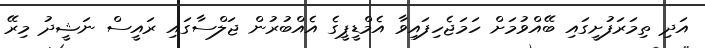
އަދި ތިމަރަފުށީގައި ބޭއްވުމަށް ހަމަޖެހިފައިވާ އެމްޑީޕީގެ އެއްބުރުން ޖަލްސާގައި ރައީސް ނަޝީދު މިރޭ